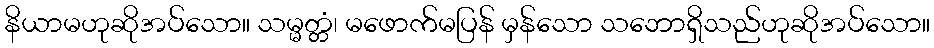
နိယာမဟုဆိုအပ်သော။ သမ္မတ္တံ၊ မဖောက်မပြန် မှန်သော သဘောရှိသည်ဟုဆိုအပ်သော။